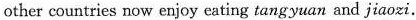
other countries now enjoy eating tangyuan and jiaozi.